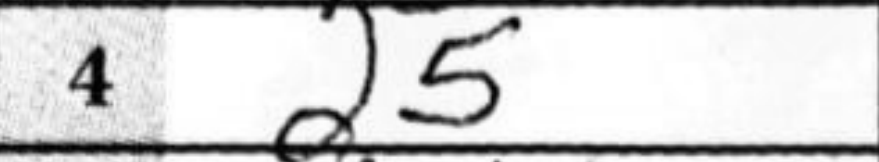
Transcription: d5